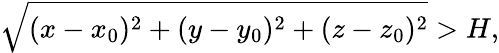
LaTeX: \sqrt{(x-x_{0})^{2}+(y-y_{0})^{2}+(z-z_{0})^{2}}>H,